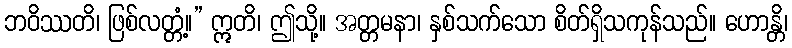
ဘဝိဿတိ၊ ဖြစ်လတ္တံ့။” ဣတိ၊ ဤသို့။ အတ္တမနာ၊ နှစ်သက်သော စိတ်ရှိသကုန်သည်။ ဟောန္တိ၊